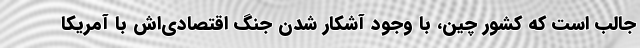
جالب است که کشور چین، با وجود آشکار شدنِ جنگ اقتصادی‌اش با آمریکا